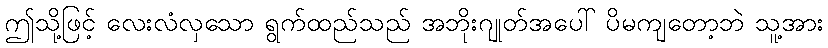
ဤသို့ဖြင့် လေးလံလှသော ရွက်ထည်သည် အဘိုးဂျုတ်အပေါ် ပိမကျတော့ဘဲ သူ့အား